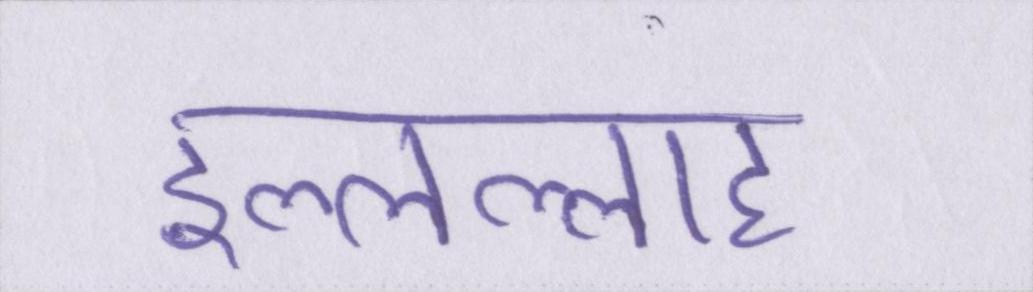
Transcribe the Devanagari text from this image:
इल्लल्लाह